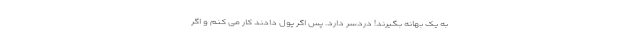
به یک بهانه بگیرند! دردسر دارد. پس اگر پول دادند کار می کنم و اگر